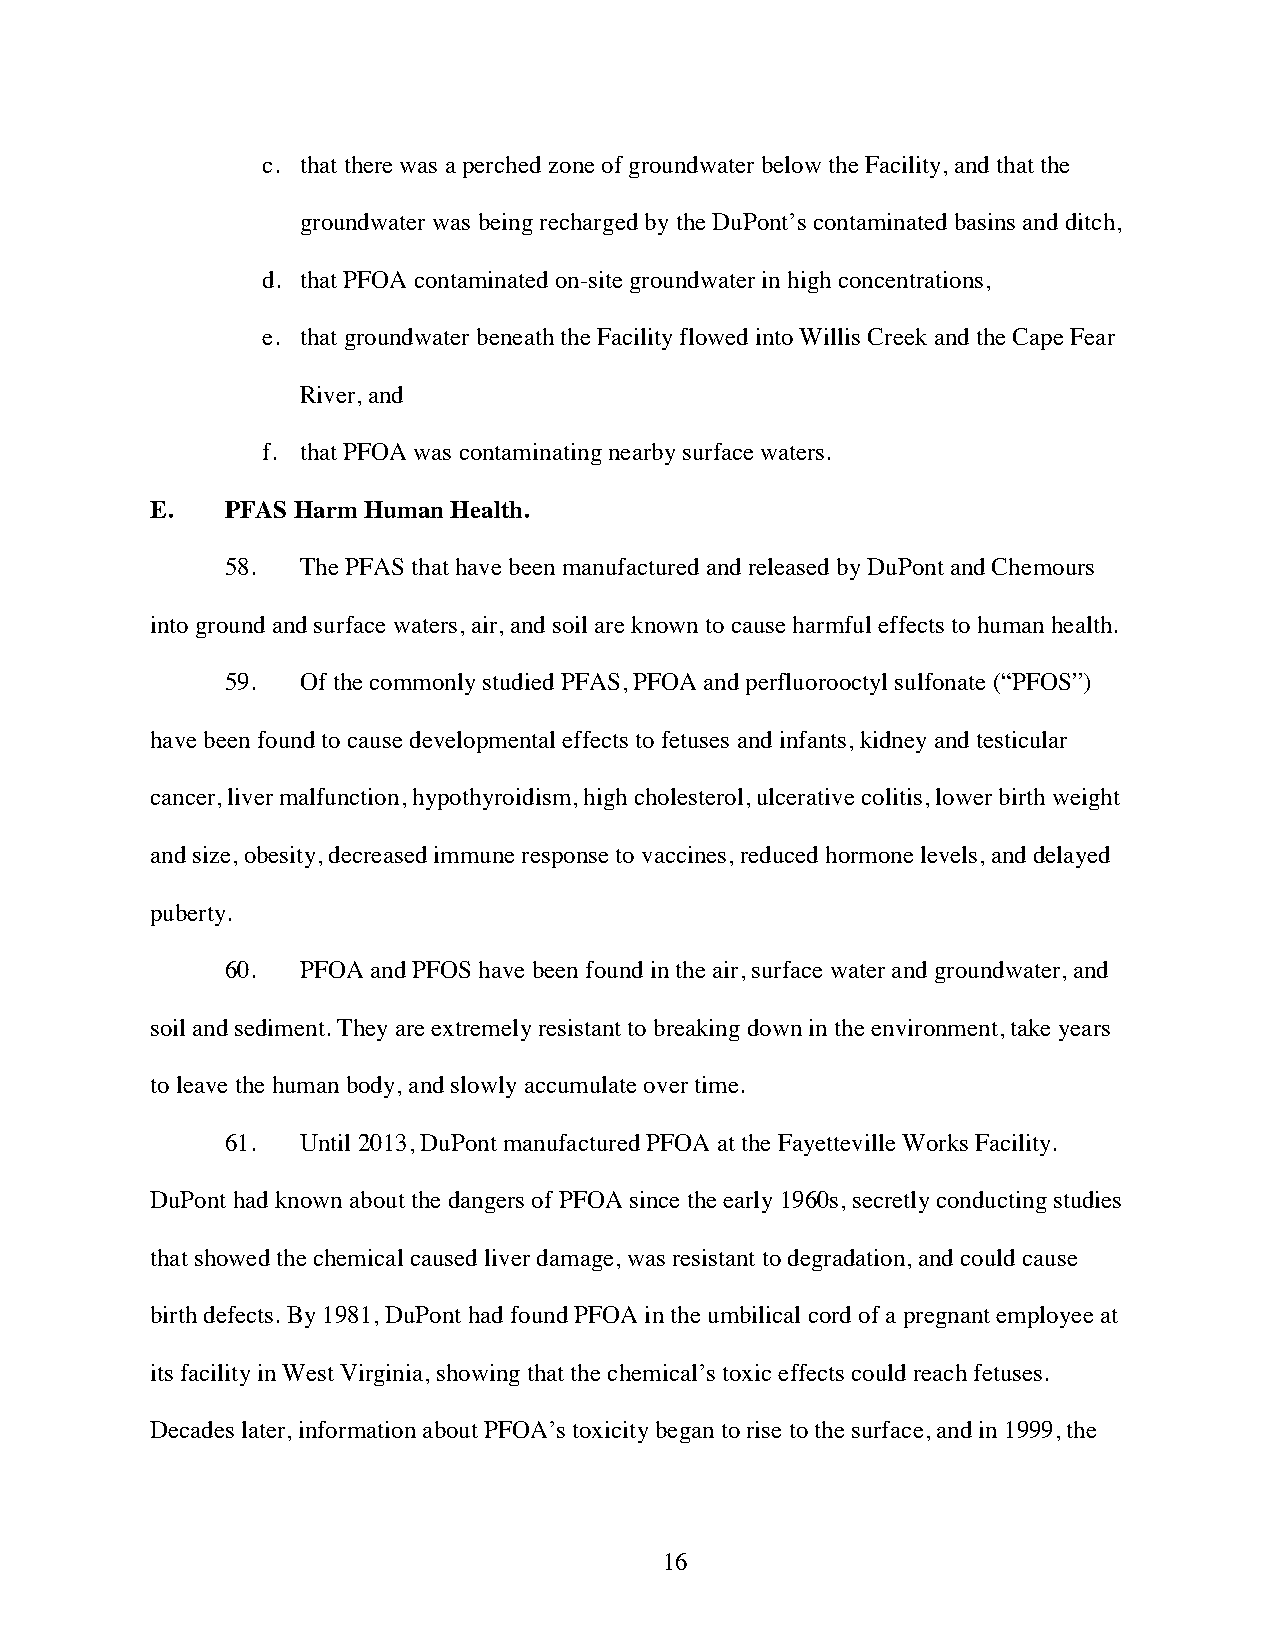
c. that there was a perched zone of groundwater below the Facility, and that the
 groundwater was being recharged by the DuPont’s contaminated basins and ditch,
 d. that PFOA contaminated on-site groundwater in high concentrations,
 e. that groundwater beneath the Facility flowed into Willis Creek and the Cape Fear
 River, and
 f. that PFOA was contaminating nearby surface waters.
 E.   PFAS Harm Human Health.
 58.  The PFAS that have been manufactured and released by DuPont and Chemours
 into ground and surface waters, air, and soil are known to cause harmful effects to human health.
 59.  Of the commonly studied PFAS, PFOA and perfluorooctyl sulfonate (“PFOS”)
 have been found to cause developmental effects to fetuses and infants, kidney and testicular
 cancer, liver malfunction, hypothyroidism, high cholesterol, ulcerative colitis, lower birth weight
 and size, obesity, decreased immune response to vaccines, reduced hormone levels, and delayed
 puberty.
 60.  PFOA and PFOS have been found in the air, surface water and groundwater, and
 soil and sediment. They are extremely resistant to breaking down in the environment, take years
 to leave the human body, and slowly accumulate over time.
 61.  Until 2013, DuPont manufactured PFOA at the Fayetteville Works Facility.
 DuPont had known about the dangers of PFOA since the early 1960s, secretly conducting studies
 that showed the chemical caused liver damage, was resistant to degradation, and could cause
 birth defects. By 1981, DuPont had found PFOA in the umbilical cord of a pregnant employee at
 its facility in West Virginia, showing that the chemical’s toxic effects could reach fetuses.
 Decades later, information about PFOA’s toxicity began to rise to the surface, and in 1999, the
 16